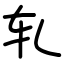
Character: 轧